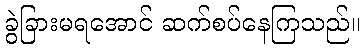
ခွဲခြားမရအောင် ဆက်စပ်နေကြသည်။